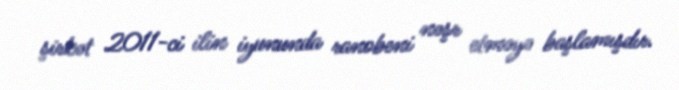
şirkət 2011-ci ilin iyununda ranobeni nəşr etməyə başlamışdır.